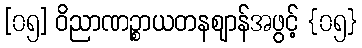
[၀၅] ဝိညာဏဉ္စာယတနဈာန်အဖွင့် {၀၅}